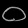
Digit: ၀